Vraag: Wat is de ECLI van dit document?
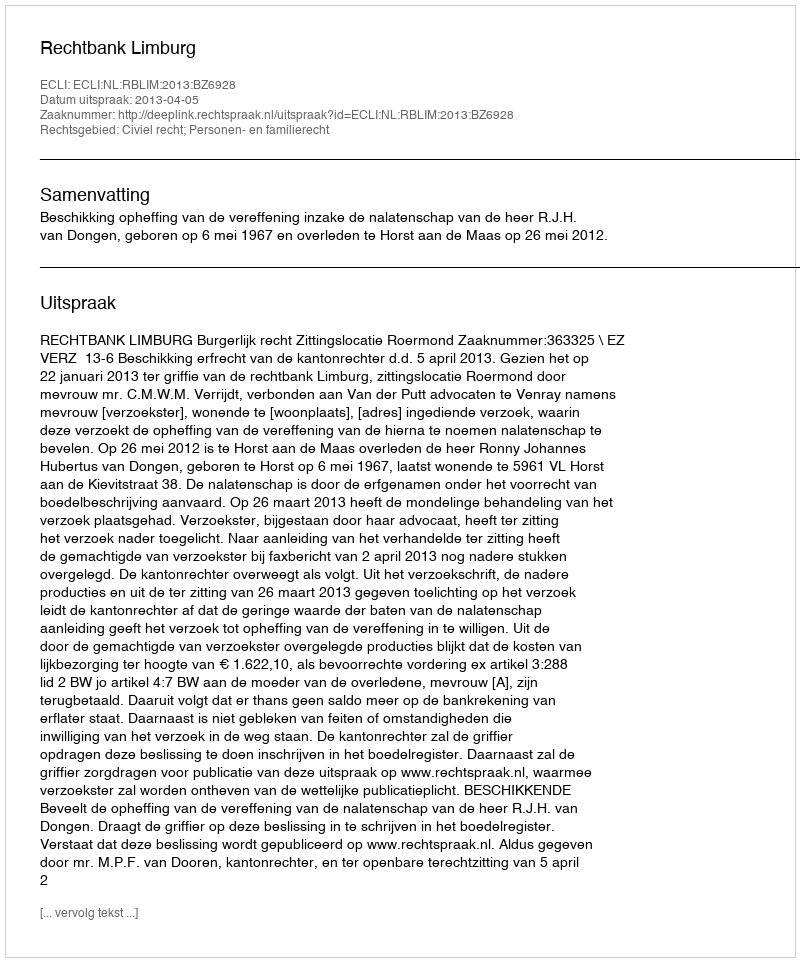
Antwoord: ECLI:NL:RBLIM:2013:BZ6928